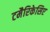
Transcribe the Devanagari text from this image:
टमैरिकेसिए